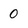
Character: 0